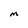
Character: M